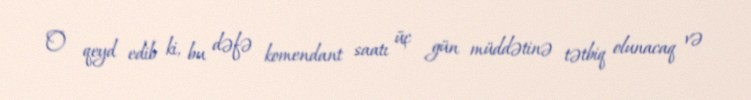
O qeyd edib ki, bu dəfə komendant saatı üç gün müddətinə tətbiq olunacaq və